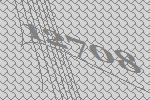
12708